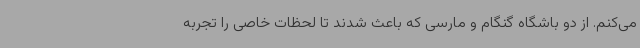
می‌کنم. از دو باشگاه گنگام و مارسی که باعث شدند تا لحظات خاصی را تجربه